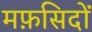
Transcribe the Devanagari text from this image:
मफ़सिदों